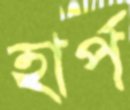
হার্প